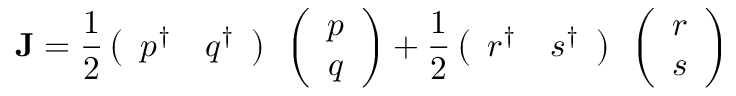
{ \bf J } = { \frac { 1 } { 2 } } \left( \begin{array} { c c } { { p ^ { \dagger } } } & { { q ^ { \dagger } } } \end{array} \right) { \bf \sigma } \left( \begin{array} { c } { { p } } \\ { { q } } \end{array} \right) + { \frac { 1 } { 2 } } \left( \begin{array} { c c } { { r ^ { \dagger } } } & { { s ^ { \dagger } } } \end{array} \right) { \bf \sigma } \left( \begin{array} { c } { { r } } \\ { { s } } \end{array} \right)